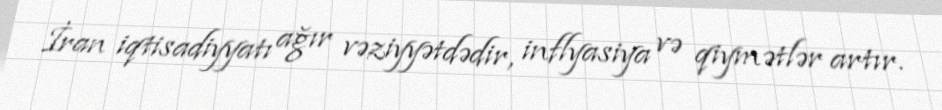
İran iqtisadiyyatı ağır vəziyyətdədir, inflyasiya və qiymətlər artır.